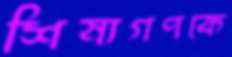
শিষ্যগণকে